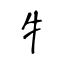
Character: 牜